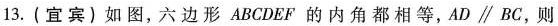
13.(宜宾)如图，六边形ABCDEF的内角都相等，AD\parallel BC，则